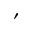
^ { ' }